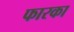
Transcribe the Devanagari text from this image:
फारका